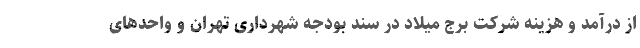
از درآمد و هزینه شرکت برج میلاد در سند بودجه شهرداری تهران و واحدهای